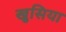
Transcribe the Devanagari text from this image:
खुसिया